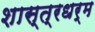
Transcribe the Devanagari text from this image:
शास्त्रधर्म